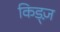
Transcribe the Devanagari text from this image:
किड्ज़